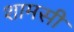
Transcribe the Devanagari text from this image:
शामसी